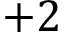
+ 2